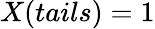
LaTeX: X(tails)=1